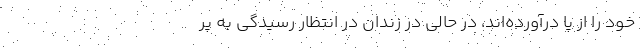
خود را از پا درآورده‌اند، در حالی در زندان در انتظار رسیدگی به پر